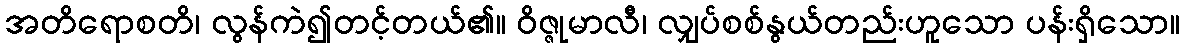
အတိရောစတိ၊ လွန်ကဲ၍တင့်တယ်၏။ ဝိဇ္ဇုမာလီ၊ လျှပ်စစ်နွယ်တည်းဟူသော ပန်းရှိသော။